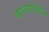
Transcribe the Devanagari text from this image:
पायऱ्यांपर्यंत